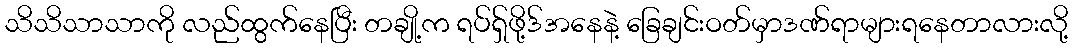
သိသိသာသာကို လည်ထွက်နေပြီး တချို့က ရပ်ရှ်ဖို့ဒ်အနေနဲ့ ခြေချင်းဝတ်မှာဒဏ်ရာများရနေတာလားလို့